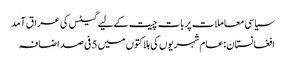
سیاسی معاملات پربات چیت کےلیے گیٹس کی عراق آمد
افغانستان:عام شہریوں کی ہلاکتوں میں 5فی صد اضافہ